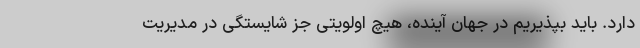
دارد. باید بپذیریم در جهان آینده، هیچ اولویتی جز شایستگی در مدیریت